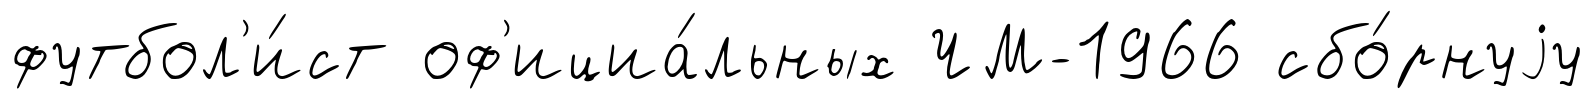
футбол'и́ст оф'ициа́льных ЧМ-1966 сбо́рнуjу